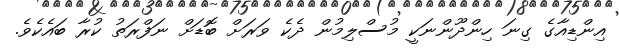
އިންޑިއާގެ ގިނަ ހިންދޫންނަކީ މުސްލިމުން ދެކެ ވަރަށް ބޮޑަށް ނަފްރަތު ކުރާ ބައެކެވެ.